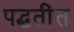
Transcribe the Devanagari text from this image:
पद्धतींत